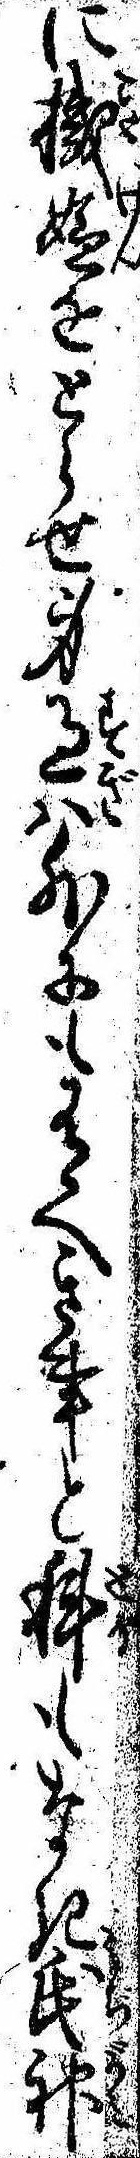
に機嫌をとらせ身過は外にも有へき事と科もなき氏神